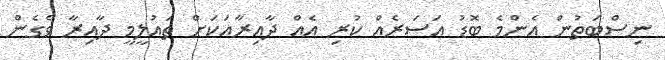
ނިސްބަތުން އެންމެ ބޮޑު އަސަރެއް ކުރި އެއް ދާއިރާއަކަށް ތައުލީމީ ދާއިރާ ވެގެން